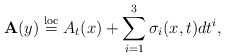
\begin{gather*}\mathbf{A}(y) \overset{\rm loc}{=} A_t(x)+\sum\limits_{i=1}^3 \sigma_i(x,t)dt^i,\end{gather*}